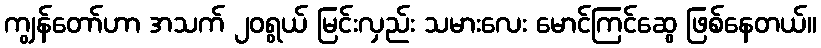
ကျွန်တော်ဟာ အသက် ၂၀ရွယ် မြင်းလှည်း သမားလေး မောင်ကြင်ဆွေ ဖြစ်နေတယ်။